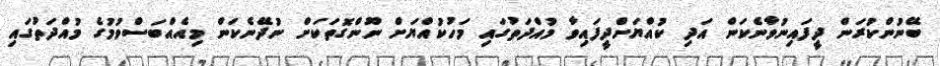
ބޭނުންކުރަން ދީފައިނުވާނެކަން އަދި ކުއްޔަށްދީފައިވާ މުއްދަތުގައި މަހުކުއްޔަށް ނޫންގޮތަކަށް ނުދޭނެކަން މިއެއްބަސްވުމުގެ މުއްދަތުގައި